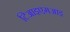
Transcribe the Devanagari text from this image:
टिआइएमआइ